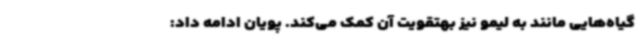
گیاه‌هایی مانند به لیمو نیز بهتقویت آن کمک می‌کند. پویان ادامه داد: